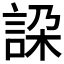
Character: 𧧇